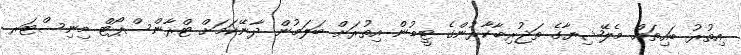
އިތުރު ބައިތައް މެލޭޝިޔާގެ ތަޖުރިބާކާރުންގެ ޓީމުން އިތުރަށް ބަލަމުން ދާނޭކަމަށް ޓްރާންސްޕޯޓް މިނިސްޓަރ